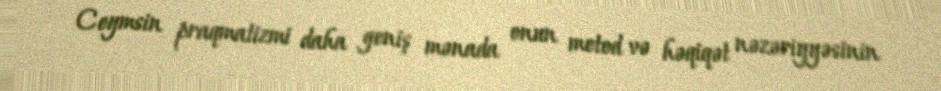
Ceymsin praqmatizmi daha geniş mənada onun metod və həqiqət nəzəriyyəsinin